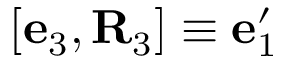
[ { \bf e } _ { 3 } , { \bf R } _ { 3 } ] \equiv { \bf e } _ { 1 } ^ { \prime }